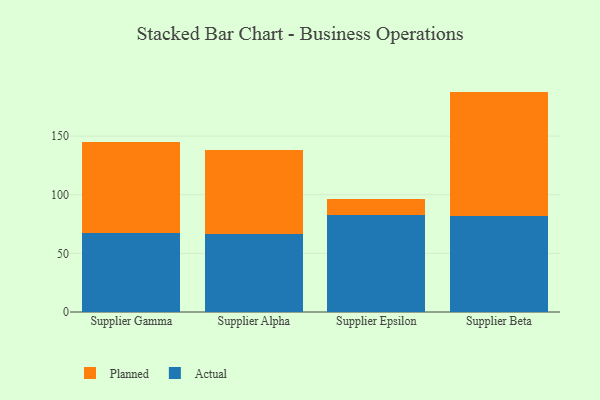
{"axis": {"x": "Supplier", "y": "Temperature (°C)"}, "legend": ["Actual", "Planned"], "data": [{"x": "Supplier Gamma", "y": 67.1, "type": "Actual"}, {"x": "Supplier Gamma", "y": 77.8, "type": "Planned"}, {"x": "Supplier Alpha", "y": 66.8, "type": "Actual"}, {"x": "Supplier Alpha", "y": 71.2, "type": "Planned"}, {"x": "Supplier Epsilon", "y": 82.8, "type": "Actual"}, {"x": "Supplier Epsilon", "y": 13.2, "type": "Planned"}, {"x": "Supplier Beta", "y": 81.5, "type": "Actual"}, {"x": "Supplier Beta", "y": 106.5, "type": "Planned"}]}